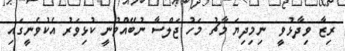
ރިޒާ ވިދާޅުވީ  ނިމިދިޔަ މާޗު މަހު ޖަލްސާ ނުބޭއްވުނީ ކުޅިވަރު އެކުވެނީގައި